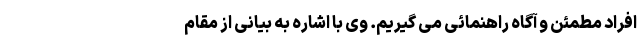
افراد مطمئن و آگاه راهنمائی می گیریم. وی با اشاره به بیانی از مقام